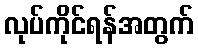
လုပ်ကိုင်ရန်အတွက်